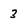
Character: 3